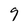
Character: 9